Problem: 6 × 8 = ?
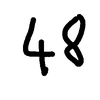
Handwritten answer: 48